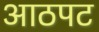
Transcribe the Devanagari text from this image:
आठपट